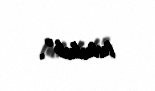
tutulub”.